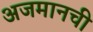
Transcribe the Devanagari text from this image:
अजमानची